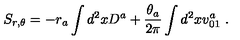
S _ { r , \theta } = - r _ { a } \int d ^ { 2 } x D ^ { a } + { \frac { \theta _ { a } } { 2 \pi } } \int d ^ { 2 } x v _ { 0 1 } ^ { a } \ .